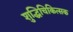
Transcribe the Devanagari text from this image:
शुद्धिचिकित्सक